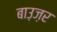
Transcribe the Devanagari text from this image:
बाउ़ज़र